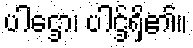
ပါဌော၊ ပါဌ်ရှိ၏။